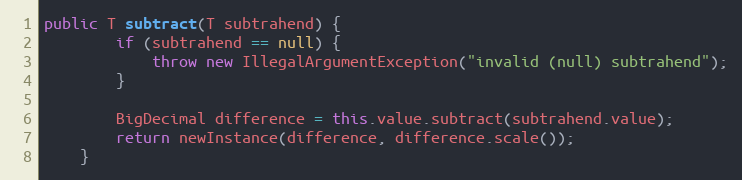
Language: Java
public T subtract(T subtrahend) {
        if (subtrahend == null) {
            throw new IllegalArgumentException("invalid (null) subtrahend");
        }

        BigDecimal difference = this.value.subtract(subtrahend.value);
        return newInstance(difference, difference.scale());
    }